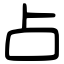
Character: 占